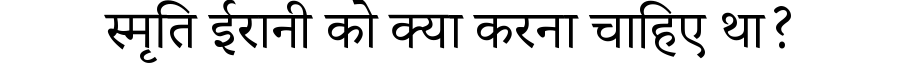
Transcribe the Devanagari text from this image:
स्मृति ईरानी को क्या करना चाहिए था?